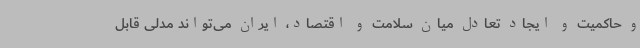
و حاکمیت و ایجاد تعادل میان سلامت و اقتصاد، ایران می‌تواند مدلی قابل